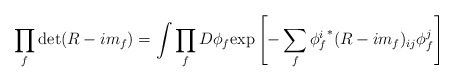
\begin{align*}\prod_f \det(R-im_f)= \int \prod_f D\phi_f {\rm exp}\left[ -\sum_f {\phi^i_f}^* (R-im_f)_{ij} \phi^j_f \right]\end{align*}